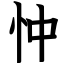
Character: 忡